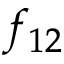
f _ { 1 2 }